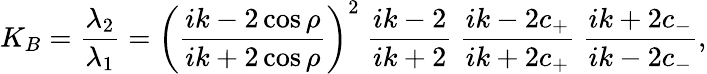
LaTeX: K_{B}=\frac{\lambda_{2}}{\lambda_{1}}=\left(\frac{ik-2\cos\rho}{ik+2\cos\rho}\right)^{2}\ \frac{ik-2}{ik+2}\ \frac{ik-2c_{+}}{ik+2c_{+}}\ \frac{ik+2c_{-}}{ik-2c_{-}},